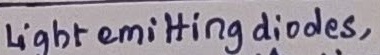
Text: Light emitting diodes,